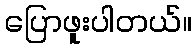
ပြောဖူးပါတယ်။